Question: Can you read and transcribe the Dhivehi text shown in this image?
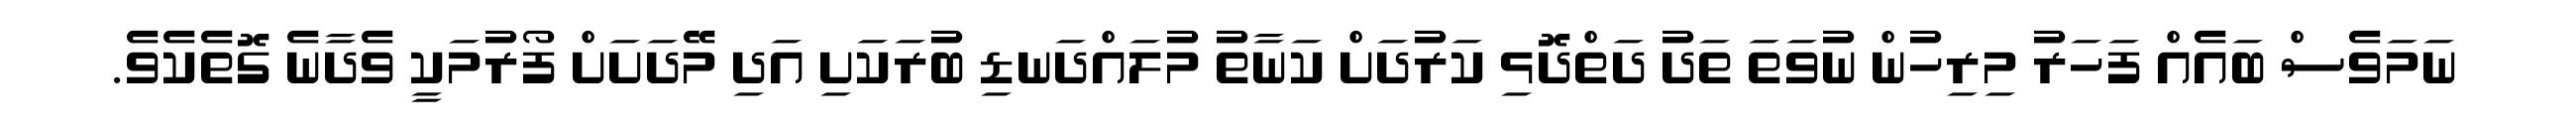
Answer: ނަމަވެސް ބައެއް ފަހަރު މިރިހުން ނުވަތަ ތަދު ދަތްދޮޅި ކަރުދަށް ކަނާތު މުލައްދަނޑި ބުރަކަށި އަދި މޭދަށަށް ފޯރުމަކީ ވެދާނެ ގޮތެކެވެ.